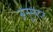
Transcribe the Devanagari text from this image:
अनुस्पंदन